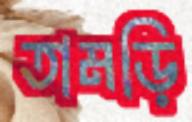
তামড়ি